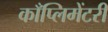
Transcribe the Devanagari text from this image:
काँप्लिमेंटरी